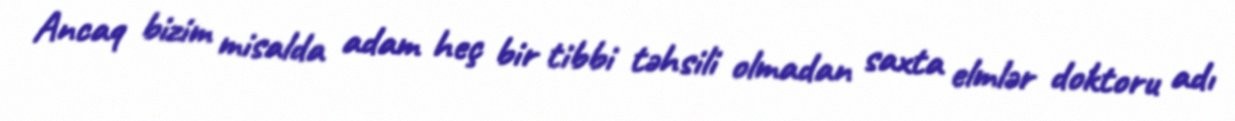
Ancaq bizim misalda adam heç bir tibbi təhsili olmadan saxta elmlər doktoru adı